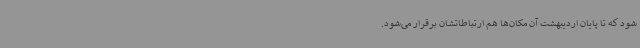
شود که تا پایان اردیبهشت آن مکان‌ها هم ارتباطاتشان برقرار می‌شود.